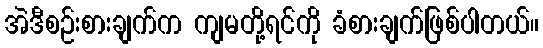
အဲဒီစဉ်းစားချက်က ကျမတို့ရင်ကို ခံစားချက်ဖြစ်ပါတယ်။